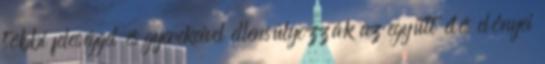
többi feleséggel és gyerekeivel ellensúlyozzák az együtt élés előnyei